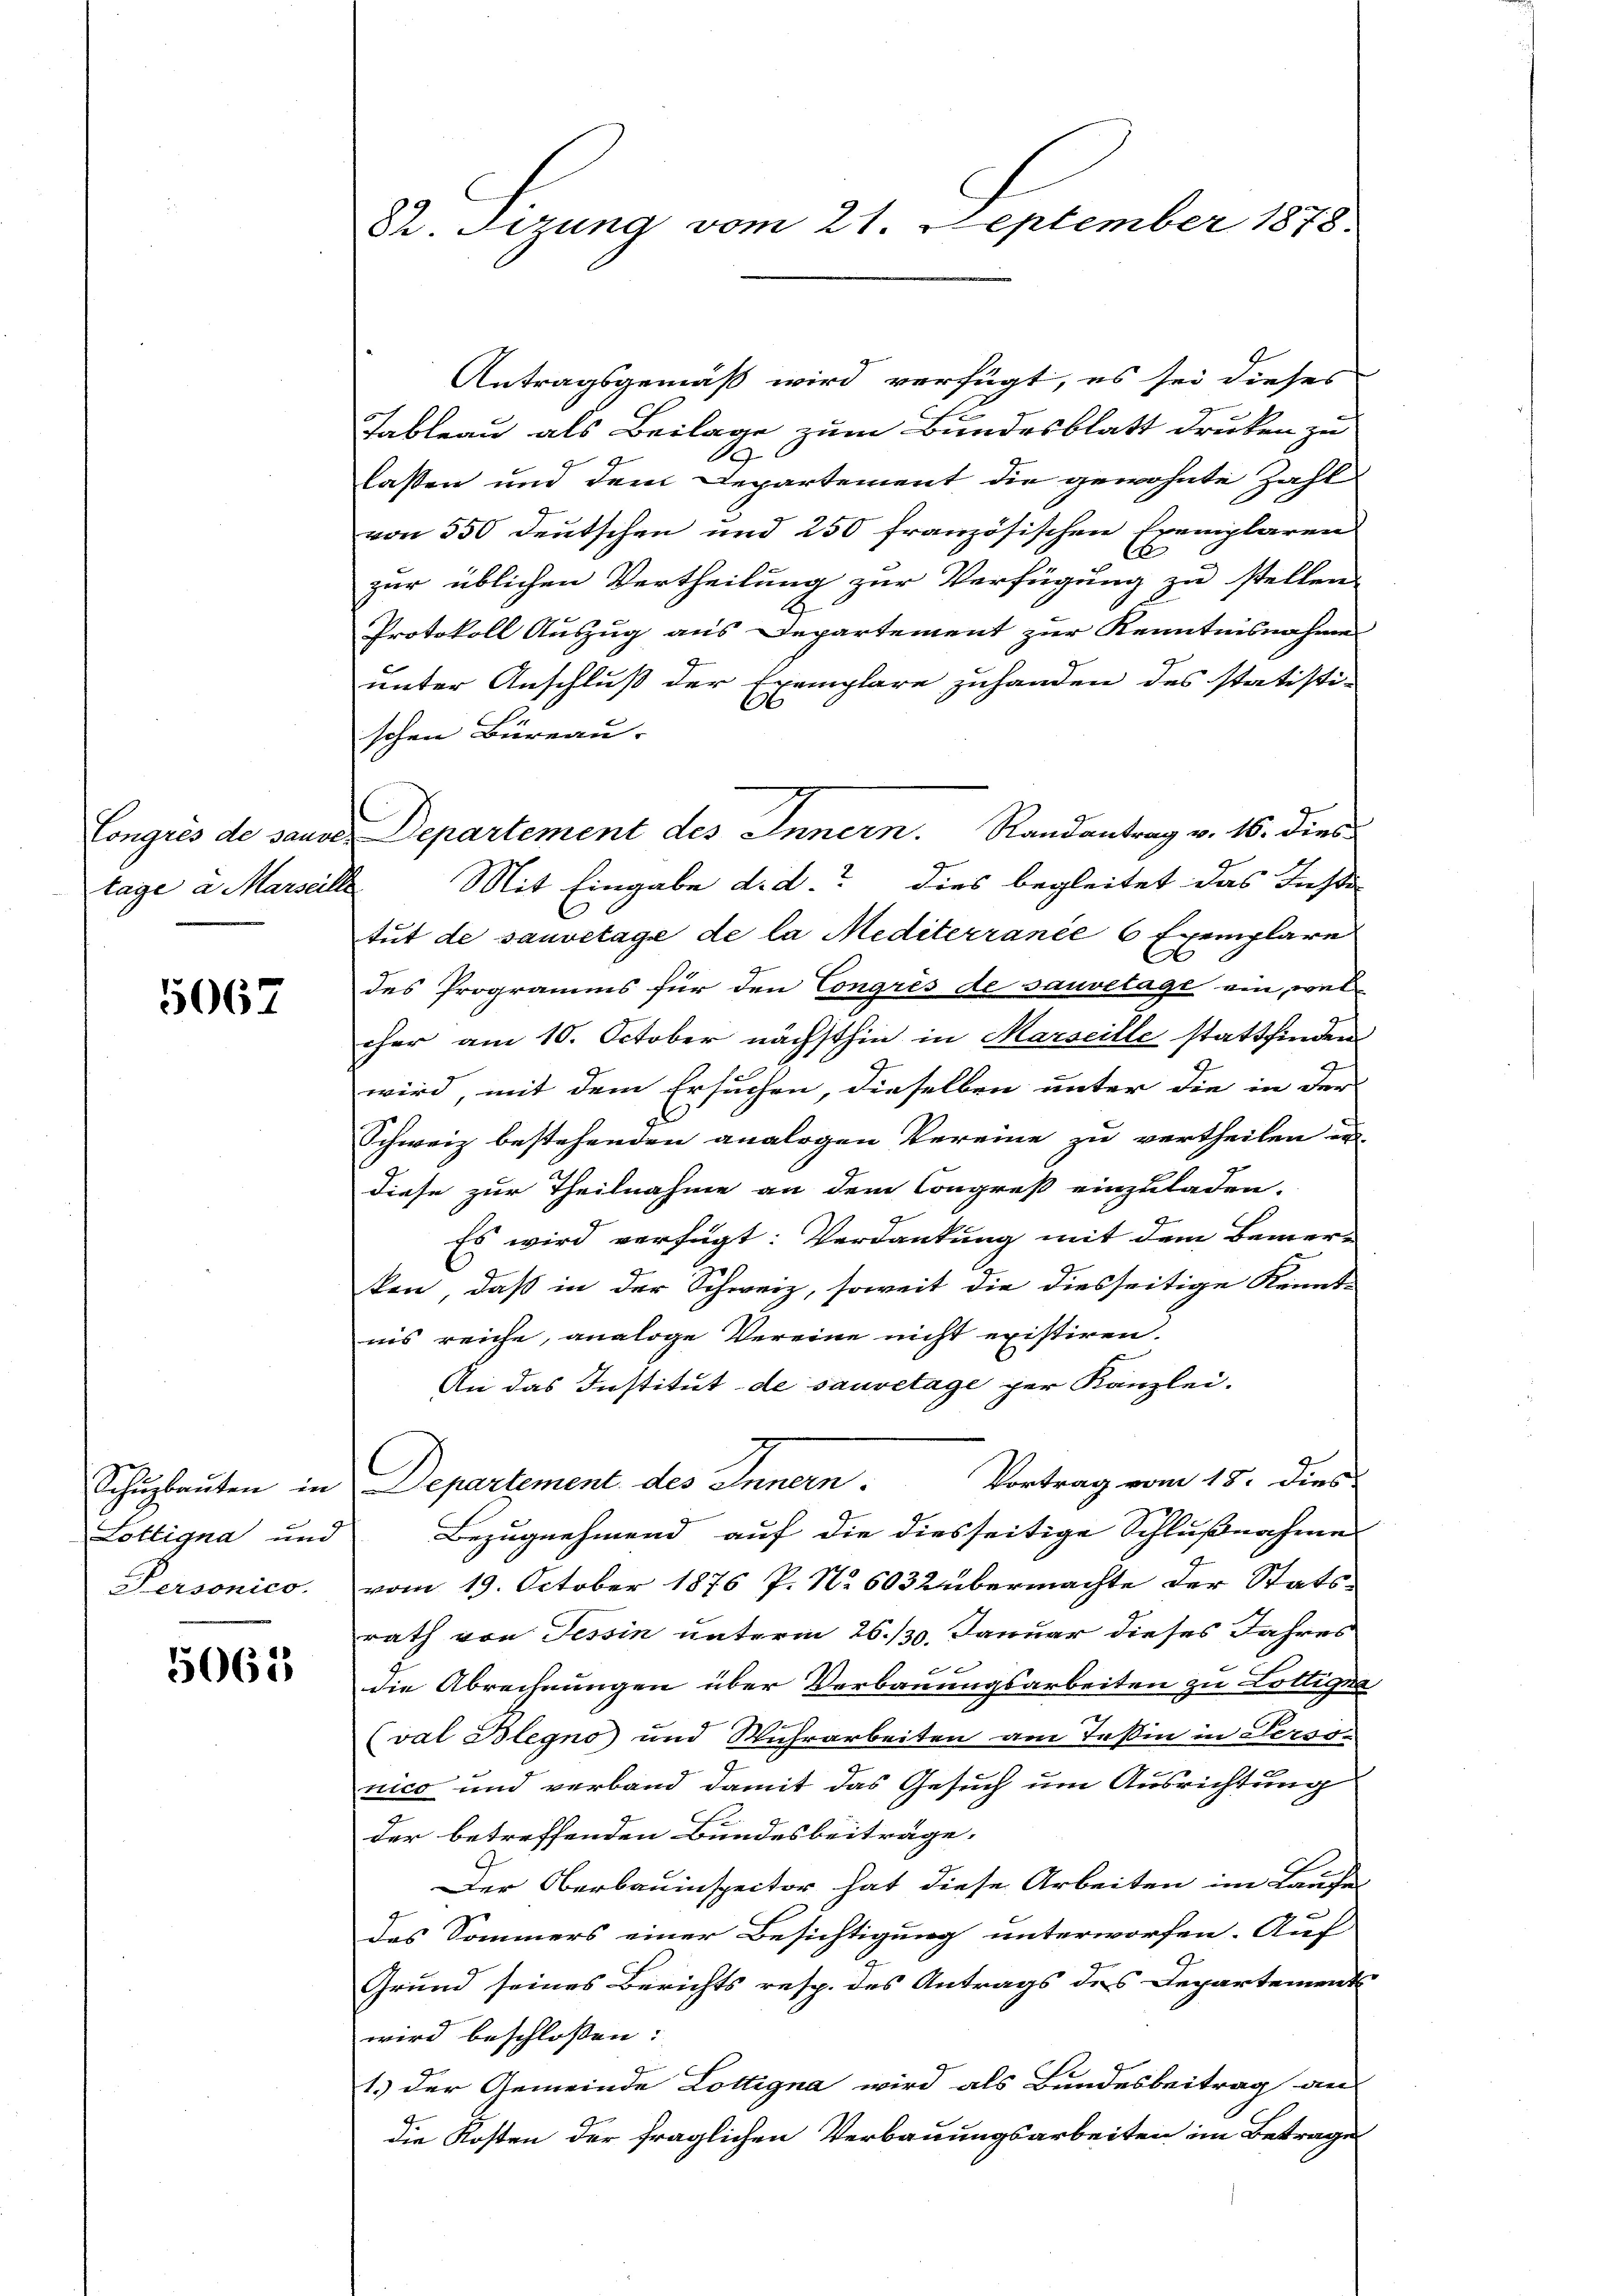
Congrés de saube
lage a Marsen

5067

Schŭzbaŭten in
Lottigna und
Personico.

5065

Dr. Sizung vom 21. September 1878.

Antragsgemäß wird verfügt, es sei dieses
Tableau als Beilage zum Bundesblatt drucken zu
9
lassen und dem Departement die gewohnte Zahl
von 550 deutschen und 250 französischen Exemplaren
6
zur üblichen Vertheilung zur Verfügung zu stellen.
2
Protokoll Auszug aus Departement zur Kenntnisnahme
unter Anschluß der Exemplare zuhanden des statisti¬
C
schen Büreau-
Mit Eingabe d. d. dies begleitet das Insti-
f
tut de sauvetage de la Mediterranée 6 Exemplare
E
des Programms für den Congrés de sauvelage ein, wel
cher am 10. October nächsthin in Marseille stattfinden
9
wird, mit dem Ersuchen, dieselben unter die in der
Schweiz bestehenden analogen Vereine zu vertheilen un
diese zur Theilnahme an dem Congreß einzuladen.
Es wird verfügt: Verdankung mit dem Bemerken, daß in der Schweiz, soweit die diesseitige Kennt-
nis reiche, analoge Vereine nicht existiren.
An das Institut de sauvetage per Kanzlei.
Vortrag vom 18. dies
Departement des Innern.
Bezugnehmend auf die diesseitige Schlußnahme
vom 19. October 1876 P. No 6032 übermachte der Statsrath von Tessin unterm 26. 130. Januar dieses Jahres

die Abrechnungen über Verbauungsarbeiten zu Lottigna
(val Blegno und Wuhrarbeiten am Teßin in Personico und verband damit das Gesuch um Ausrichtung
der betreffenden Bundesbeiträge.
Der Oberbauinspector hat diese Arbeiten im Laufe
des Sommers einer Besichtigung unterworfen. Auf
Grund seines Berichts resp. des Antrags des Departement
wird beschlossen: |
1.) Der Gemeinde Lottigna wird als Bundesbeitrag an
die Kosten der fraglichen Verbauungsarbeiten im Betrage

Departement des Innern. Randantrag v. 16. dies